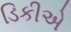
ડિકીએ